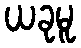
ယခုမူ